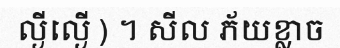
ល្ងីល្ងើ ) ។ សីល ភ័យខ្លាច